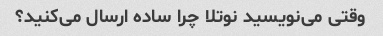
وقتی می‌نویسید نوتلا چرا ساده ارسال می‌کنید؟